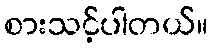
စားသင့်ပါတယ်။